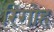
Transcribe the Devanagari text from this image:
रिगोह